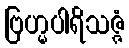
ဗြဟ္မပါရိသဇ္ဇံ